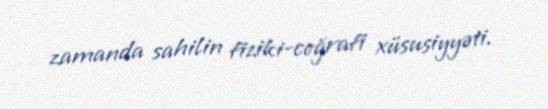
zamanda sahilin fiziki-coğrafi xüsusiyyəti.